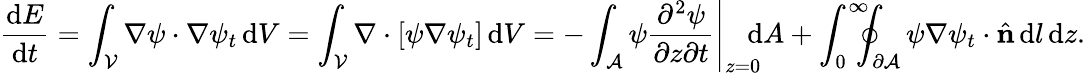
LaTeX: \frac{\mathrm{d}E}{\mathrm{d}t}=\int_{\mathcal{V}}\nabla\psi\cdot\nabla\psi_{t}\, \textrm{d}V=\int_{\mathcal{V}}\nabla\cdot\left[\psi\nabla\psi_{t}\right]\, \textrm{d}V=-\int_{\mathcal{A}}\left.\psi\frac{\partial^{2}\psi}{\partial z\partial t}\right|_{z=0}\! \! \! \! \, \textrm{d}A+\int_{0}^{\infty}\! \! \! \! \oint_{\partial\mathcal{A}}\psi\nabla\psi_{t}\cdot\hat{\textbf{n}}\, \textrm{d}l\, \textrm{d}z.